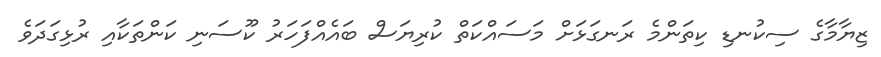
ޒިޔާމާގެ ސިކުނޑި ކިތަންމެ ރަނގަޅަށް މަސައްކަތް ކުރިޔަސް ބައެއްފަހަރު ކޫސަނި ކަންތަކާއި ރުޅިގަދަވެ